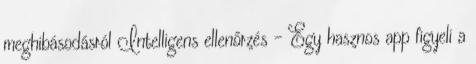
meghibásodásról Intelligens ellenőrzés – Egy hasznos app figyeli a